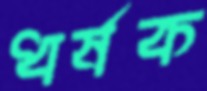
ধর্ষক